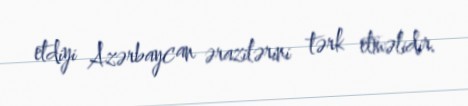
etdiyi Azərbaycan ərazilərini tərk etməlidir.